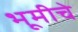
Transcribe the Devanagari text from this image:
भूमीचे